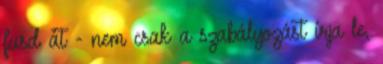
fusd át - nem csak a szabályozást írja le,